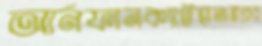
আর্নফানক্যাটস্থানান্তরের